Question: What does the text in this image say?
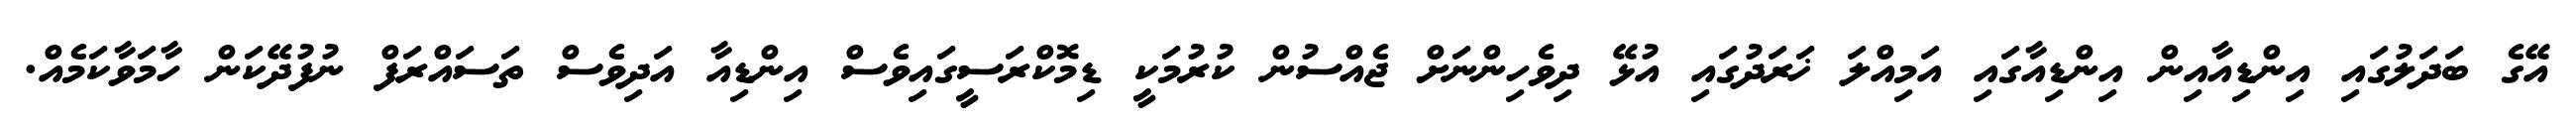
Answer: އޭގެ ބަދަލުގައި އިންޑިއާއިން އިންޑިއާގައި އަމިއްލަ ޚަރަދުގައި އުޅޭ ދިވެހިންނަށް ޖެއްސުން ކުރުމަކީ ޑިމޮކްރަސީގައިވެސް އިންޑިއާ އަދިވެސް ތަސައްރަފް ނުފުދޭކަން ހާމަވާކަމެއް.